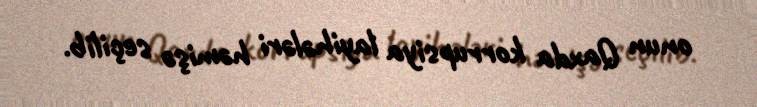
onun Qaxda korrupsiya layihələri həmişə seçilib.